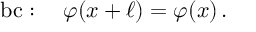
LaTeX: \mathrm { b c } : \quad \varphi ( x + \ell ) = \varphi ( x ) \, .